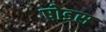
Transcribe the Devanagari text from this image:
षोडस